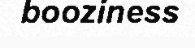
booziness